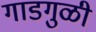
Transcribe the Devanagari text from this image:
गाडगुळी